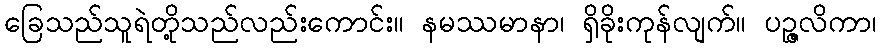
ခြေသည်သူရဲတို့သည်လည်းကောင်း။ နမဿမာနာ၊ ရှိခိုးကုန်လျက်။ ပဉ္ဇလိကာ၊